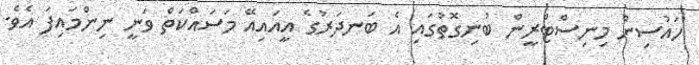
ހައުސިން މިނިސްޓްރީން ބުނިގޮތުގައި އެ ބަނދަރުގެ އީއައިއޭ މަސައްކަތް ވަނީ ނިންމައިފަ އެވެ.